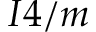
I 4 / m